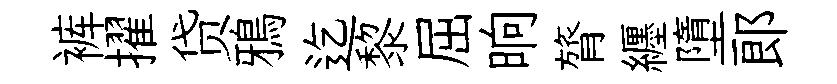
裤擢贷鴉迄黎屈晌膂纒墮郎